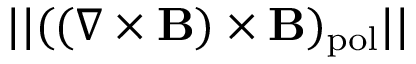
| | ( ( \nabla \times \mathbf B ) \times \mathbf B ) _ { \mathrm { p o l } } | |